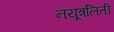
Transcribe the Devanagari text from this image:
नयूत्रलिती